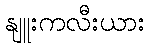
နျူးကလီးယား